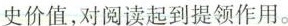
史价值,对阅读起到提领作用。